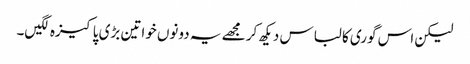
لیکن اس گوری کا لباس دیکھ کر مجھے یہ دونوں خواتین بڑی پاکیزہ لگیں۔